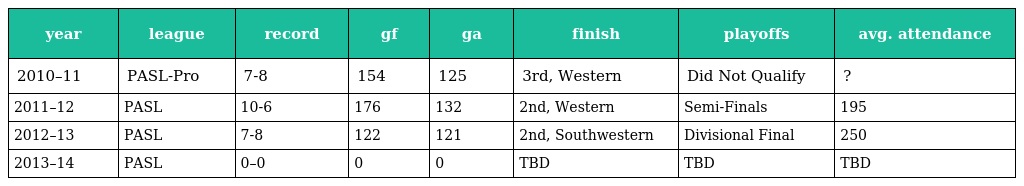
| year | league | record | gf | ga | finish | playoffs | avg. attendance |
 | --- | --- | --- | --- | --- | --- | --- | --- |
 | 2010–11 | PASL-Pro | 7-8 | 154 | 125 | 3rd, Western | Did Not Qualify | ? |
 | 2011–12 | PASL | 10-6 | 176 | 132 | 2nd, Western | Semi-Finals | 195 |
 | 2012–13 | PASL | 7-8 | 122 | 121 | 2nd, Southwestern | Divisional Final | 250 |
 | 2013–14 | PASL | 0–0 | 0 | 0 | TBD | TBD | TBD |